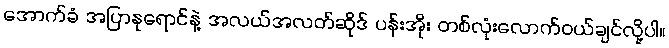
အောက်ခံ အပြာနုရောင်နဲ့ အလယ်အလတ်ဆိုဒ် ပန်းအိုး တစ်လုံးလောက်ဝယ်ချင်လို့ပါ။